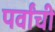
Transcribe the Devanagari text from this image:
पर्वांची